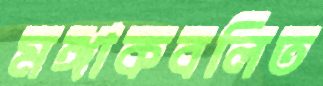
মঙ্গাকবলিত